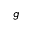
g